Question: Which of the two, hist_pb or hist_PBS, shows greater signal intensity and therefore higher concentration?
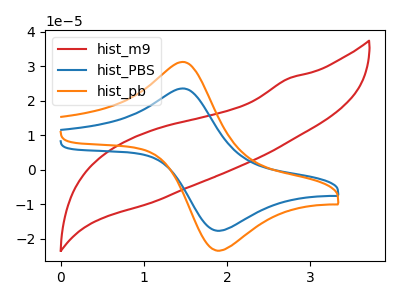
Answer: <think>The red curve "hist_m9" has no peaks. The blue curve "hist_PBS" has an anodic peak at (1.45V, 23.55uA) and a cathodic peak at (1.90V, -17.65uA). The orange curve "hist_pb" has an anodic peak at (1.45V, 31.20uA) and a cathodic peak at (1.90V, -23.45uA).
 All the peaks in "hist_pb" have a peak in "hist_PBS" at the same potential. Every peak in "hist_pb" is higher than every peak in "hist_PBS".</think>
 <answer>"hist_pb" has more signal than "hist_PBS" and so likely has a higher concentration.</answer>
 <eval>more_concentration</eval>